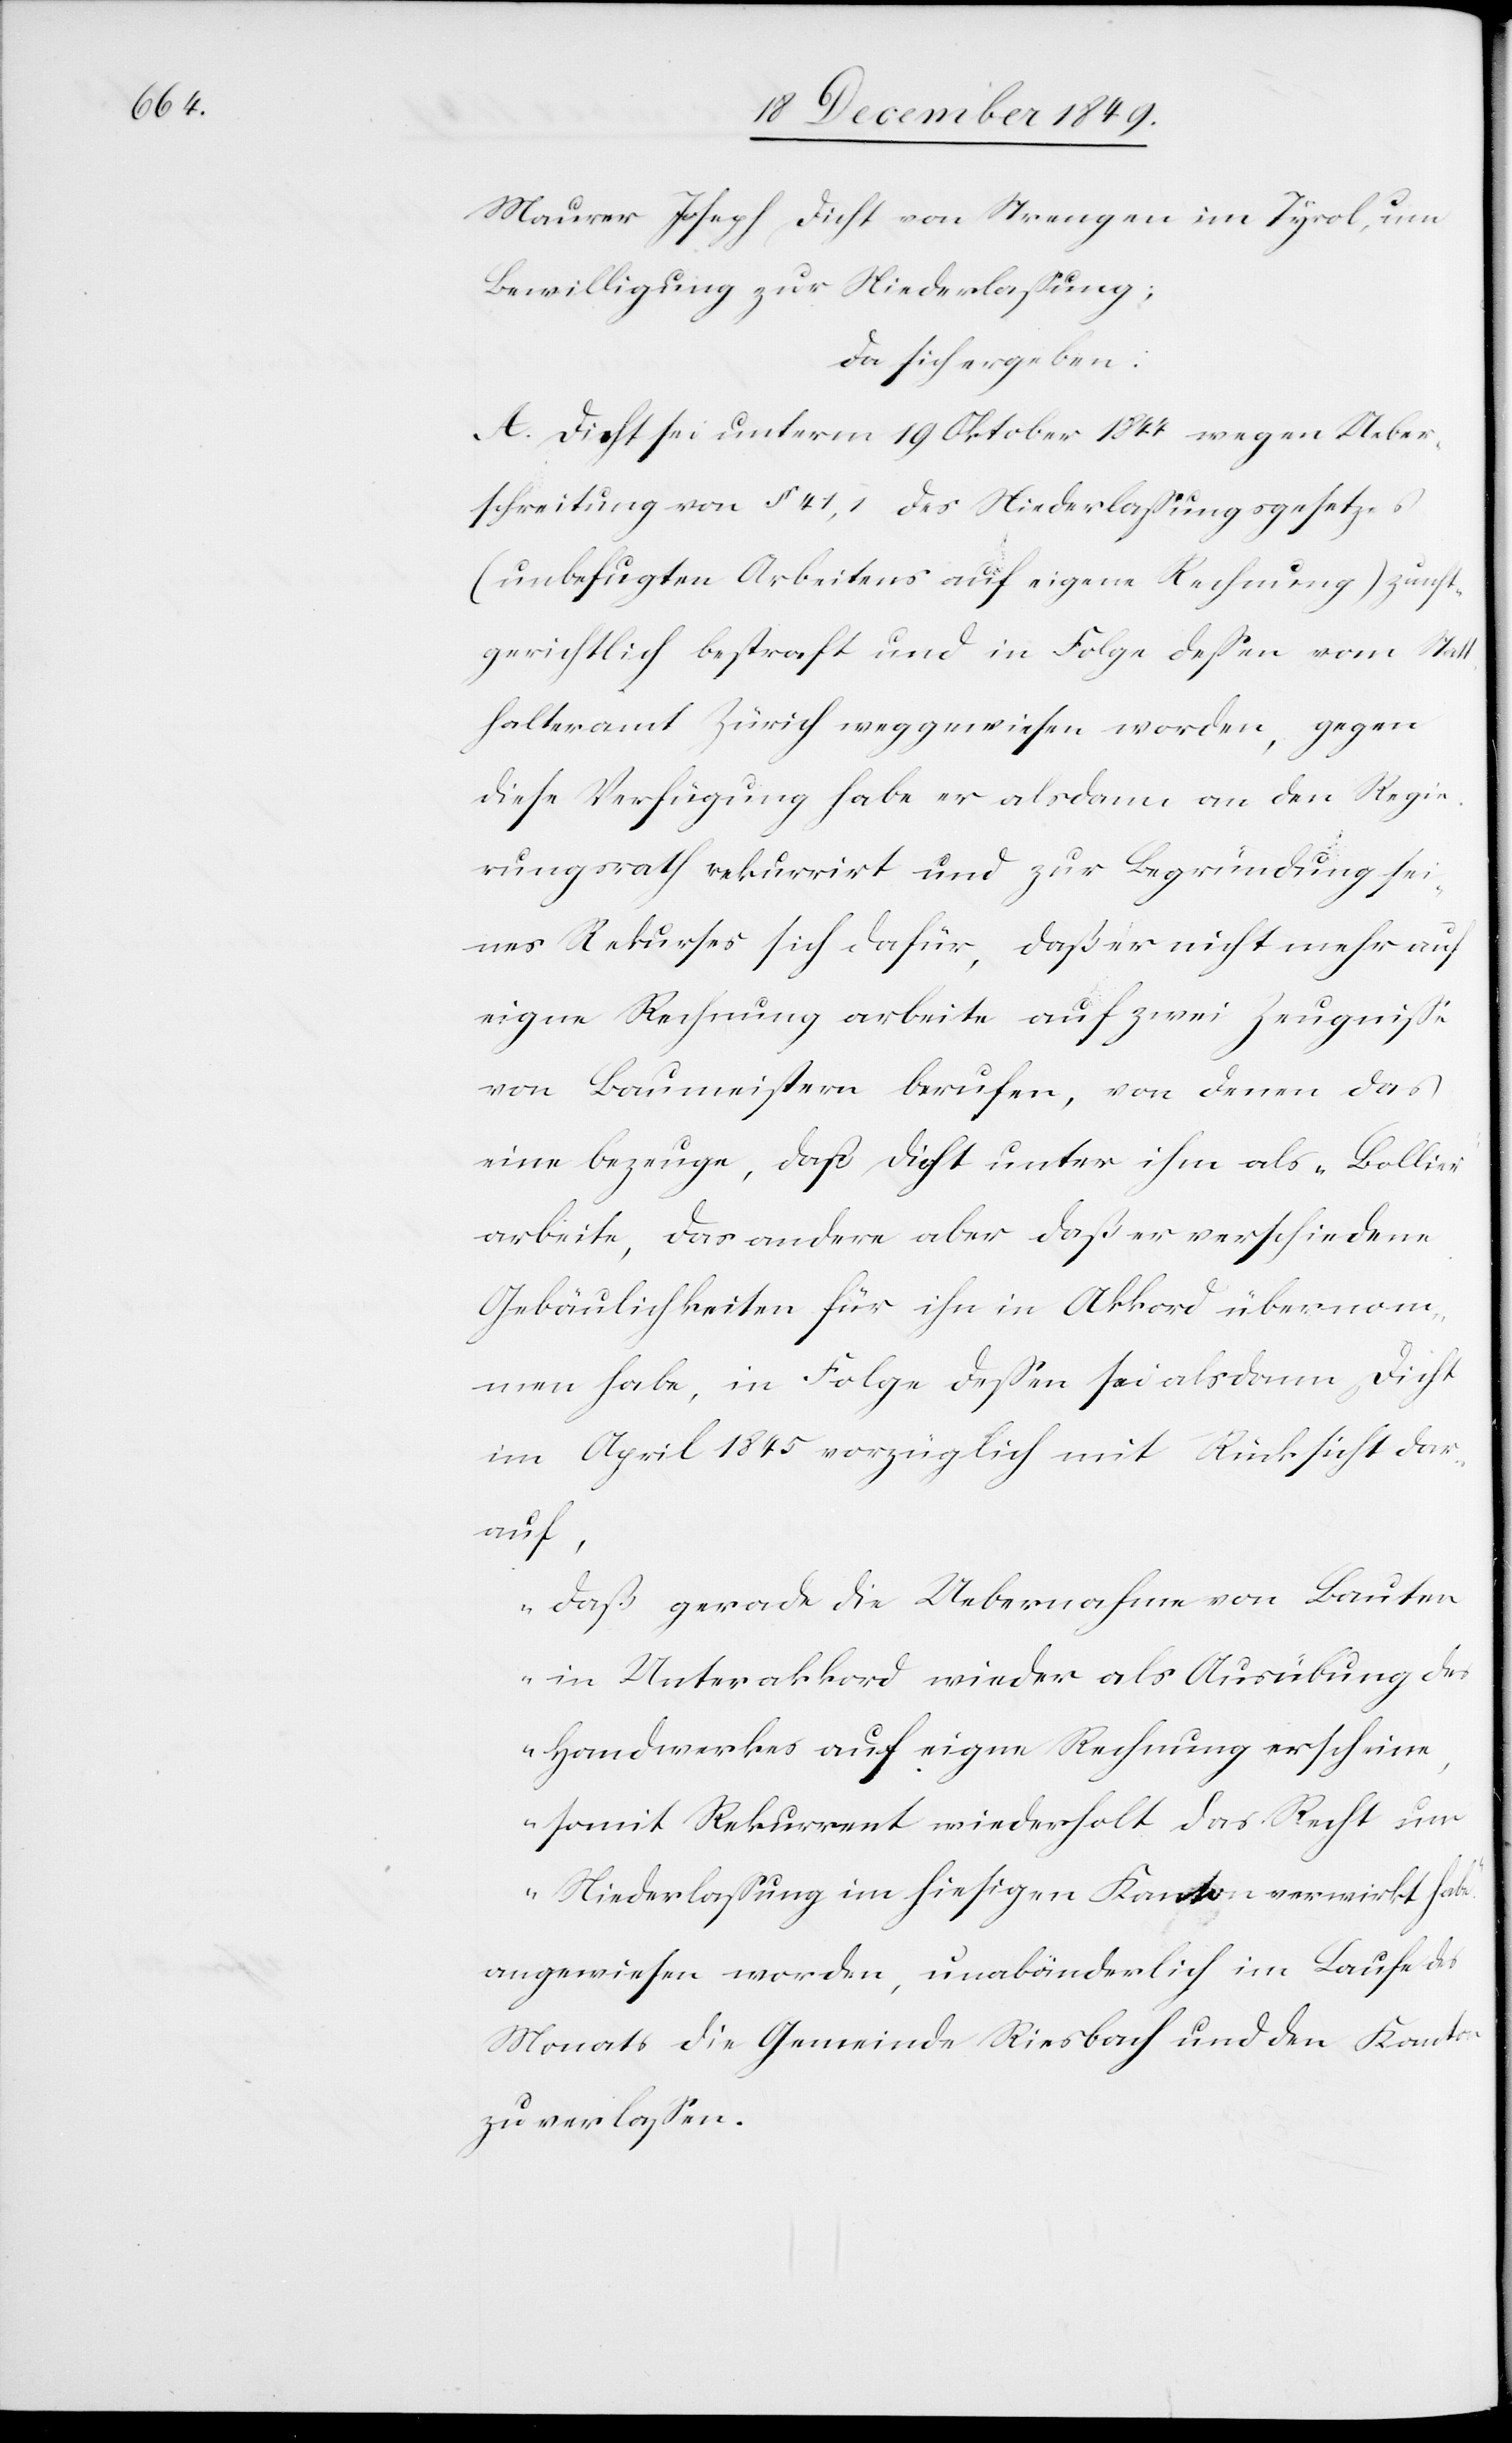
Maurer Joseph Dicht von Strengen im Tyrol, um
Bewilligung zur Niederlaßung;
da sich ergeben:
A. Dicht sei unterm 19 Oktober 1844 wegen Ueber¬
schreitung von § 41,1 des Niederlaßungsgesetzes
(unbefugten Arbeitens auf eigene Rechnung) zunft¬
gerichtlich bestraft und in Folge deßen vom Sta¬
tthalteramt Zürich weggewiesen worden, gegen
diese Verfügung habe er alsdann an den Regie¬
rungsrath rekurrirt und zur Begründung sei¬
nes Rekurses sich dafür, daß er nicht mehr auf
eigene Rechnung arbeite auf zwei Zeugniße
von Baumeistern berufen, von denen das
eine bezeuge, daß Dicht unter ihm als „Bollier“
arbeite, das andere aber daß er verschiedene
Gebäulichkeiten für ihn in Akkord übernom¬
men habe, in Folge deßen sei alsdann Dicht
im April 1845 vorzüglich mit Rücksicht dar¬
auf,
„daß gerade die Uebernahme von Bauten
in Unterakkord wieder als Ausübung des
Handwerkes auf eigene Rechnung erscheine,
somit Rekurrent wiederholt das Recht um
Niederlaßung im hiesigen Kanton verwirkt habe,“
angewiesen worden, unabänderlich im Laufe des
Monats die Gemeinde Riesbach und den Kanton
zu verlaßen.